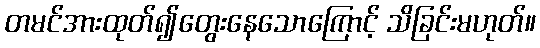
တမင်အားထုတ်၍တွေးနေသောကြောင့် သိခြင်းမဟုတ်။